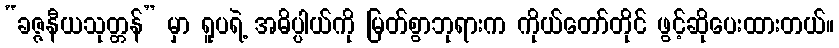
“ခဇ္ဇနီယသုတ္တန်” မှာ ရူပရဲ့ အဓိပ္ပါယ်ကို မြတ်စွာဘုရားက ကိုယ်တော်တိုင် ဖွင့်ဆိုပေးထားတယ်။